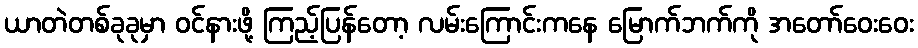
ယာတဲတစ်ခုခုမှာ ဝင်နားဖို့ ကြည့်ပြန်တော့ လမ်းကြောင်းကနေ မြောက်ဘက်ကို အတော်ဝေးဝေး